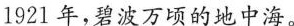
1921年，碧波万顷的地中海。